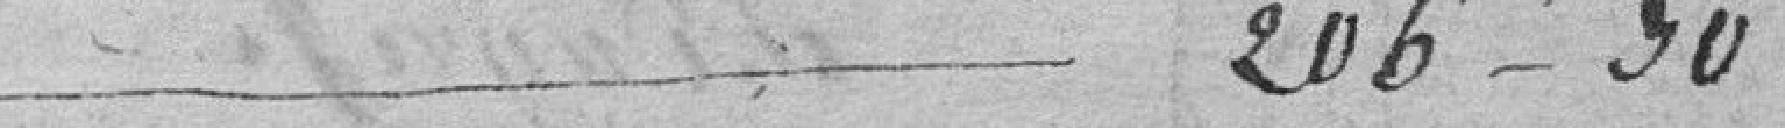
206, 30